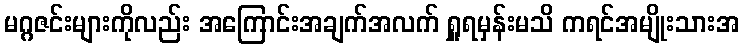
မဂ္ဂဇင်းများကိုလည်း အကြောင်းအချက်အလက် ရှူရမှန်းမသိ ကရင်အမျိုးသားအ